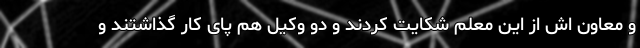
و معاون اش از این معلم شکایت کردند و دو وکیل هم پای کار گذاشتند و